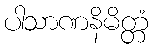
ပါသာဏနိမိတ္တံ